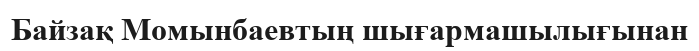
Байзақ Момынбаевтың шығармашылығынан